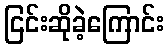
ငြင်းဆိုခဲ့ကြောင်း